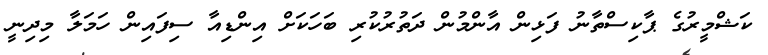
ކަޝްމީރުގެ ޕާކިސްތާނު ފަޅިން އާންމުން ދަތުރުކުރި ބަހަކަށް އިންޑިއާ ސިފައިން ހަމަލާ މިދިނީ